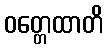
ဝတ္တေထာတိ